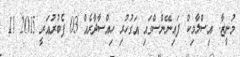
މުނީޒާ: އިސްލާމިކް ފައިނޭންސްގައި އަގުހުރި ހިއްސާދާރެއް 03 ފެބުރުއަރީ 2015 11